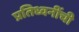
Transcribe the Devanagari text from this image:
प्रतिध्वनींची